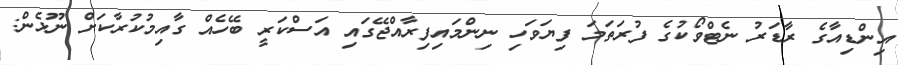
އިންޑިއާގެ ރާޑަރު ނެޓްވޯކުގެ ފުރަތަމަ ފިޔަވަހި ނިންމައިފިރާއްޖޭގައި އަސްކަރީ ބޭހެއް ގާއިމުކުރާކަށް ނޫޅެން: